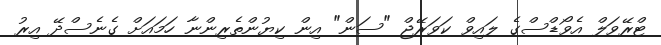
ޓްރޭވަލް އެވޯޑްސްގެ ލައިވް ކަވަރޭޖް "ސަން" އިން ކިޔުންތެރިންނާ ހަމައަށް ގެނެސްދޭ އިރު